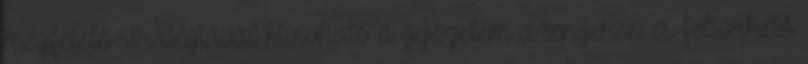
megfelelő stratégiával kivívható a győzelem a tengeren és feltörhető